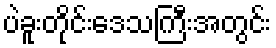
ပဲခူးတိုင်းဒေသကြီးအတွင်း